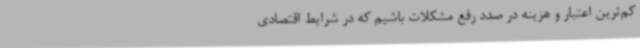
کم‌ترین اعتبار و هزینه در صدد رفع مشکلات باشیم که در شرایط اقتصادی